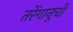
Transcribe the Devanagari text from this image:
तरेंगानूची